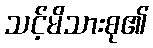
သင့်မိသားစု၏